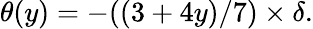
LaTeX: \theta(y)=-((3+4y)/7)\times\delta.